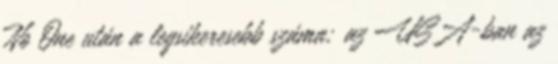
No One után a legsikeresebb száma; az USA-ban az